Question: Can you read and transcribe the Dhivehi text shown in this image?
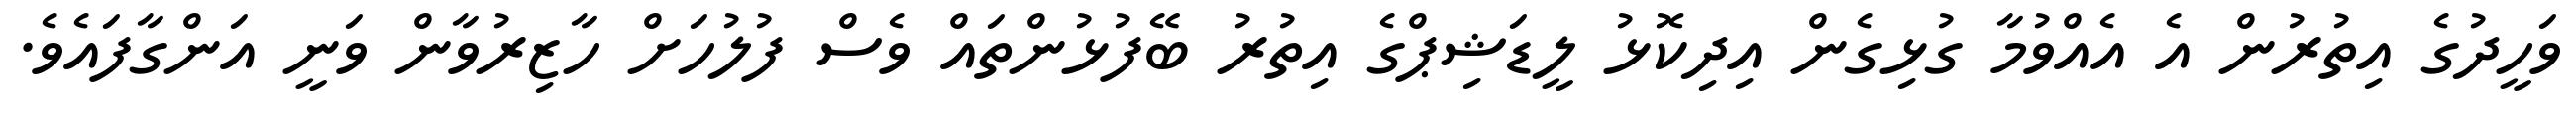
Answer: ވަހީދުގެ އިތުރުން އެ އެއްވުމާ ގުޅިގެން އިދިކޮޅު ލީޑަޝިޕްގެ އިތުރު ބޭފުޅުންތައް ވެސް ފުލުހަށް ހާޒިރުވާން ވަނީ އަންގާފައެވެ.